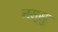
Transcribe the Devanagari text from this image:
नस्सु